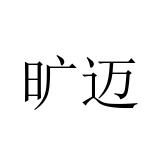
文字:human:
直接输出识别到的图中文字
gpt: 旷迈